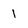
Character: 1